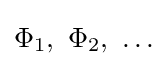
\Phi _{1},\ \Phi _{2},\ \ldots